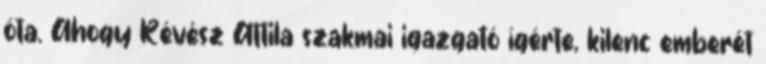
óta. Ahogy Révész Attila szakmai igazgató ígérte, kilenc emberét